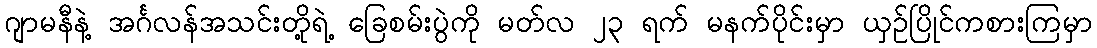
ဂျာမနီနဲ့ အင်္ဂလန်အသင်းတို့ရဲ့ ခြေစမ်းပွဲကို မတ်လ ၂၃ ရက် မနက်ပိုင်းမှာ ယှဉ်ပြိုင်ကစားကြမှာ